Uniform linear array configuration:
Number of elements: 48
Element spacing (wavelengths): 0.75
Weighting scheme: blackman
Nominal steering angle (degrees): -45
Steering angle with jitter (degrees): -44.838
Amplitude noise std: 0.05
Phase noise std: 0.05

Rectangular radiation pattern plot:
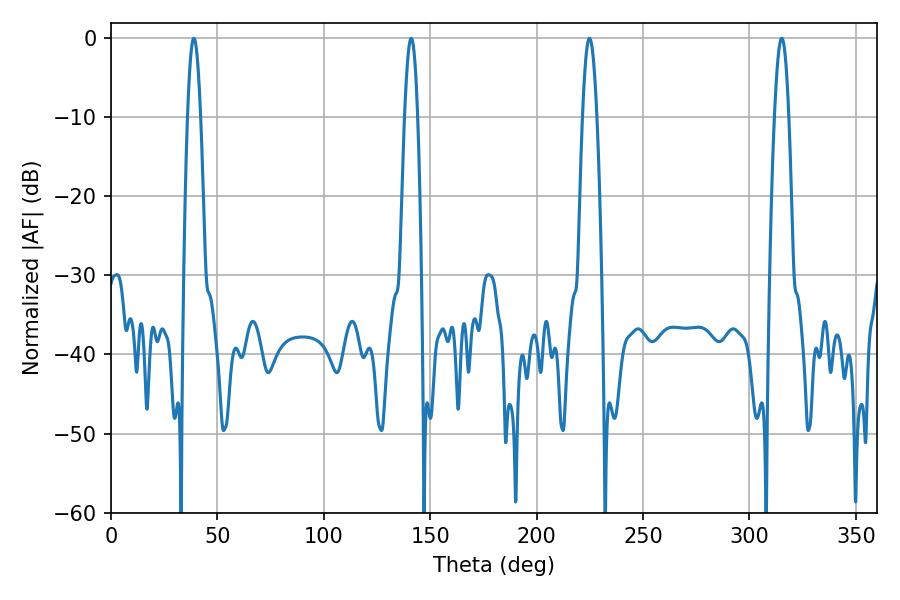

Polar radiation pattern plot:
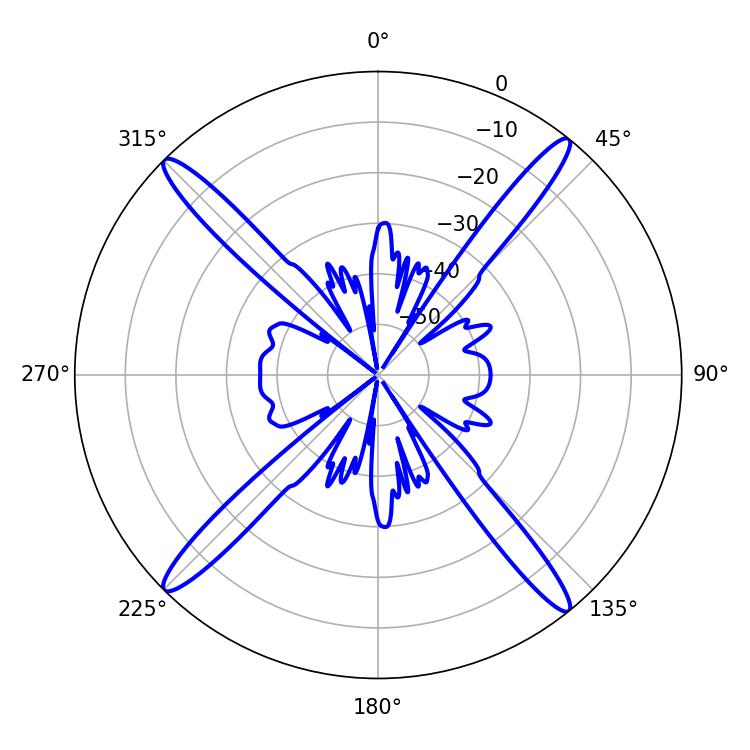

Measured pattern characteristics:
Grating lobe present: TRUE
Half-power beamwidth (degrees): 3.6
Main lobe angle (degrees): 224.82